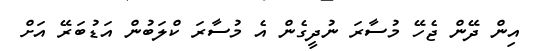
އިން ދޭން ޖެހޭ މުސާރަ ނުދީގެން އެ މުސާރަ ކްލަބުން އަޑުބަރޭ އަށް